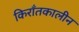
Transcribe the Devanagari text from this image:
किराँतकालीन